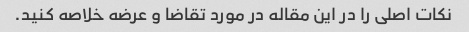
نکات اصلی را در این مقاله در مورد تقاضا و عرضه خلاصه کنید.